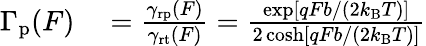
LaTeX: \begin{array}{rl}{\Gamma_{\mathrm{p}}(F)}&{{}=\frac{\gamma_{\mathrm{rp}}(F)}{\gamma_{\mathrm{rt}}(F)}=\frac{\exp\left[qFb/(2k_{\mathrm{B}}T)\right]}{2\cosh\left[qFb/(2k_{\mathrm{B}}T)\right]}}\end{array}